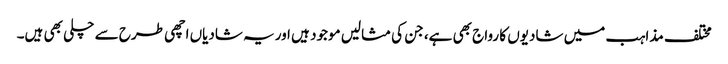
مختلف مذاہب میں شادیوں کا رواج بھی ہے، جن کی مثالیں موجود ہیں اوریہ شادیاں اچھی طرح سے چلی بھی ہیں۔